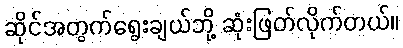
ဆိုင်အတွက်ရွေးချယ်ဘို့ ဆုံးဖြတ်လိုက်တယ်။